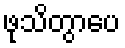
ဖုသိတွာပေ